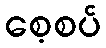
စေ့စပ်